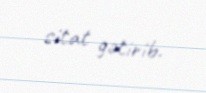
sitat gətirib.